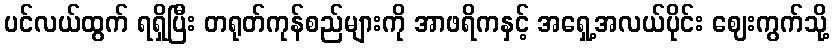
ပင်လယ်ထွက် ရရှိပြီး တရုတ်ကုန်စည်များကို အာဖရိကနှင့် အရှေ့အလယ်ပိုင်း ဈေးကွက်သို့